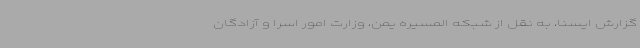
گزارش ایسنا، به نقل از شبکه المسیره یمن، وزارت امور اسرا و آزادگان